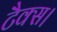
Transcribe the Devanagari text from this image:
टैक्स।